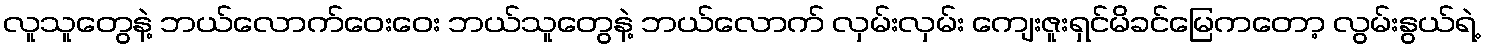
လူသူတွေနဲ့ ဘယ်လောက်ဝေးဝေး ဘယ်သူတွေနဲ့ ဘယ်လောက် လှမ်းလှမ်း ကျေးဇူးရှင်မိခင်မြေကတော့ လွမ်းနွယ်ရဲ့